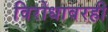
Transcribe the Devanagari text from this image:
विरोधावरही